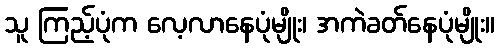
သူ ကြည့်ပုံက လေ့လာနေပုံမျိုး၊ အကဲခတ်နေပုံမျိုး။